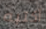
أكتبه